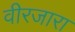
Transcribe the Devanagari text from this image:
वीरजारा